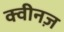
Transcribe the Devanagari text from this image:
क्वीनज़